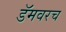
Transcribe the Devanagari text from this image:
डॅमवरच